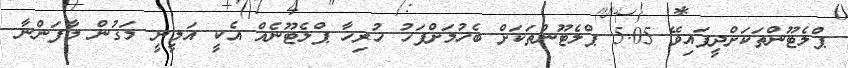
ޕްލެޓޫންތަކަށްދީފައިވޭ 5.05 ޕްލެޓޫންތަކަށް ބެހުމަށްފަހު ހުރިހާ ޕްލެޓޫނެއް އެކީ އަމީނީ މަގުން މާފަންނާ